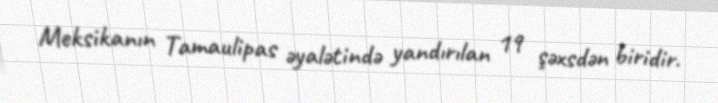
Meksikanın Tamaulipas əyalətində yandırılan 19 şəxsdən biridir.